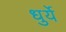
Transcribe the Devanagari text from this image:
धुर्ये